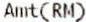
AMT(RM)